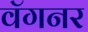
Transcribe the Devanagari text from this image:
वॅगनर